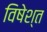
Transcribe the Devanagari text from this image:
विषेश्त